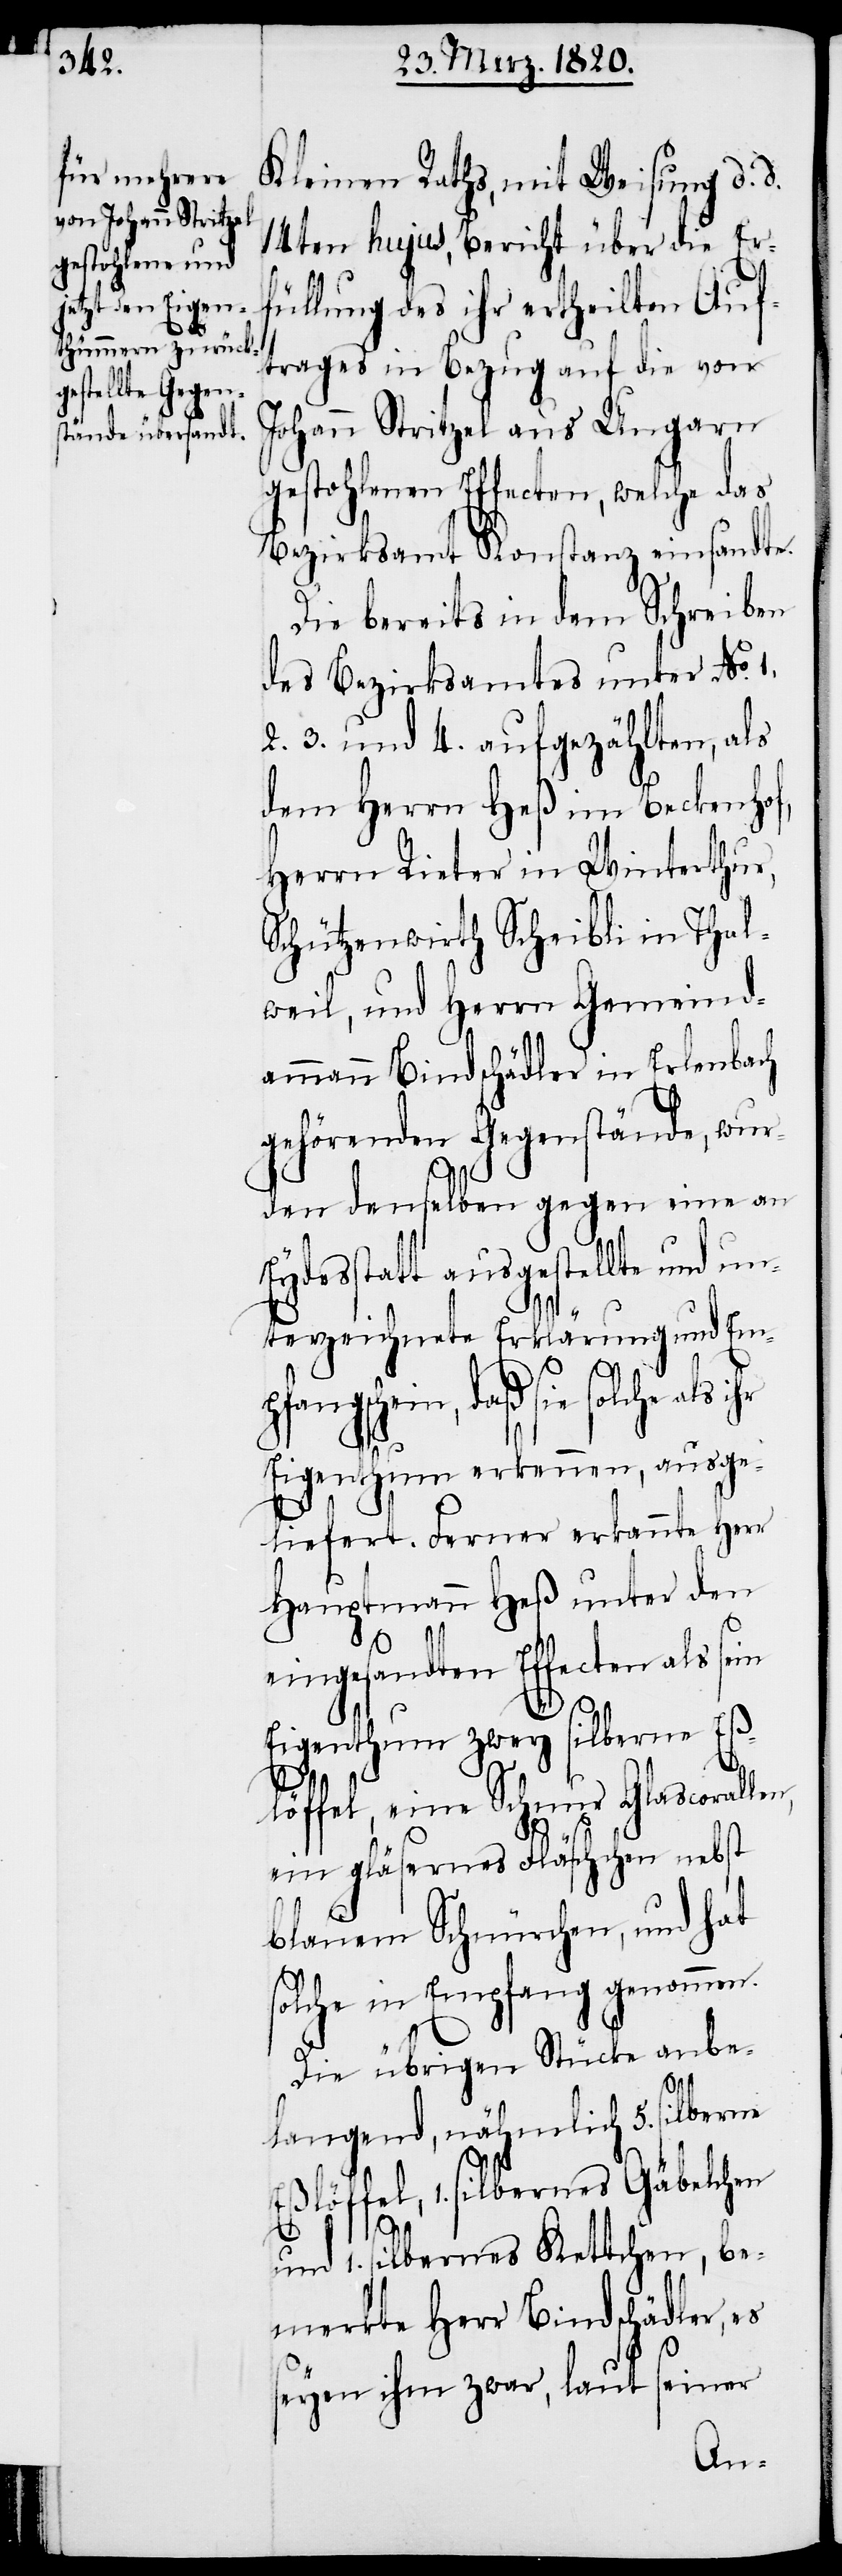
en,

Kleinen Raths, mit Weisung d. d.
14ten hujus, Bericht über die Er¬
füllung des ihr ertheilten Auf¬
trages in Bezug auf die von
Johann Stritzel aus Ungarn
gestohlenen Effecten, welche das
Bezirksamt Konstanz einsandte.
Die bereits in dem Schreiben
des Bezirksamtes unter No. 1.
2. 3. und 4. aufgezählten, als
dem Herrn Heß im Beckenhof,
Herrn Rieter in Winterthur,
Schützenwirth Scheibli in Thal¬
weil, und Herrn Gemeind¬
ammann Bindschädler in Erlenbach
gehörenden Gegenstände, wur¬
den denselben gegen eine an
Eydesstatt ausgestellte und un¬
terzeichnete Erklärung und Em¬
daß sie solche als
Eigenthum erkennen, ausge¬
liefert. Ferner erkannte Herr
Hauptmann Heß unter den
eingesandten Effecten als se¬
Eigenthum zwey silberne Eß¬
löffel, eine Schnur Glascorall¬
ein gläsernes Fläschchen nebst
blauem Schnürchen, und hat
solche in Empfang genommen.
Die übrigen Stücke anbe¬
silberne
langend, nähmlich 5.
Eßlöffel, 1. silbernes Gäbelchen
und 1. silbernes Kettchen, be¬
merkte Herr Bindschädler, es
seyen ihm zwar, laut seiner